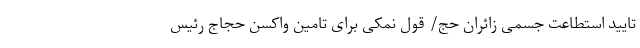
تایید استطاعت جسمی زائران حج/ قول نمکی برای تامین واکسن حجاج رئیس